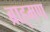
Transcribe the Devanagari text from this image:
ब्राह्‌मण